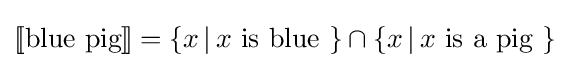
[\![{\text{blue pig}}]\!]=\{x\,|\,x{\text{ is blue }}\}\cap \{x\,|\,x{\text{ is a pig }}\}